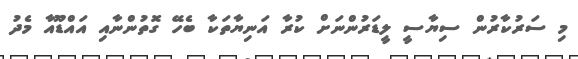
މި ސަރުކާރުން ސިޔާސީ ލީޑަރުންނަށް ކުރާ އަނިޔާތަކާ ބެހޭ ގޮތުންނާއި އައްޑޫއާ މެދު